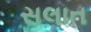
સલાત